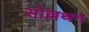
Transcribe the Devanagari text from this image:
सोल्लथन